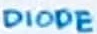
Text: DIODE